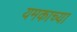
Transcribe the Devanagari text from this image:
यमकाच्या